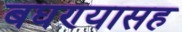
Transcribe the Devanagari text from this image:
बघण्यासह